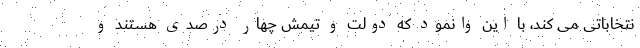
نتخاباتی می کند، با این وانمود که دولت و تیمش چهار درصدی هستند و